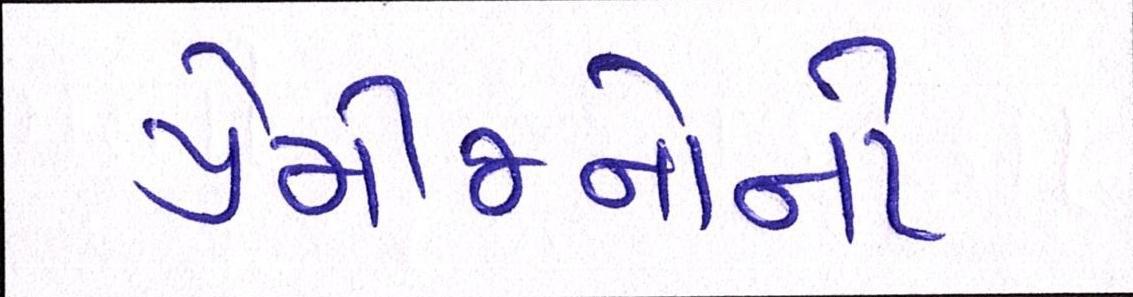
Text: પ્રેમીજનોનો